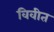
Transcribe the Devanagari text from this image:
विवीत